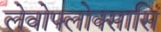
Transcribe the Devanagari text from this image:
लेवोफ्लोक्सासिं